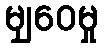
မျှဝေမှု